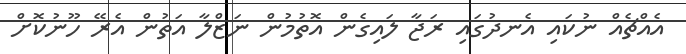
އެއްޗެއް ނުކައި އެނދުގައި ރަޖާ ލައިގެން އޮތުމުން ނަޒްލާ އަތުން އެރޭ ހޫނުކޮށް